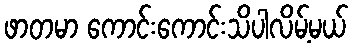
ဖာတမာ ကောင်းကောင်းသိပါလိမ့်မယ်